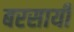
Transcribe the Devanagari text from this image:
बरसायी